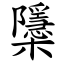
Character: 櫽